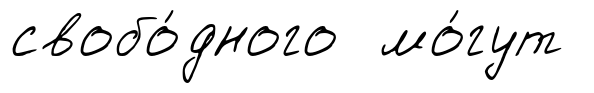
свобо́дного мо́гут